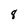
Character: 8